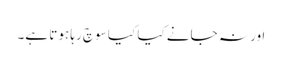
اور نہ جانے کیا کیا سوچ رہا ہوتا ہے۔